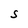
Character: S